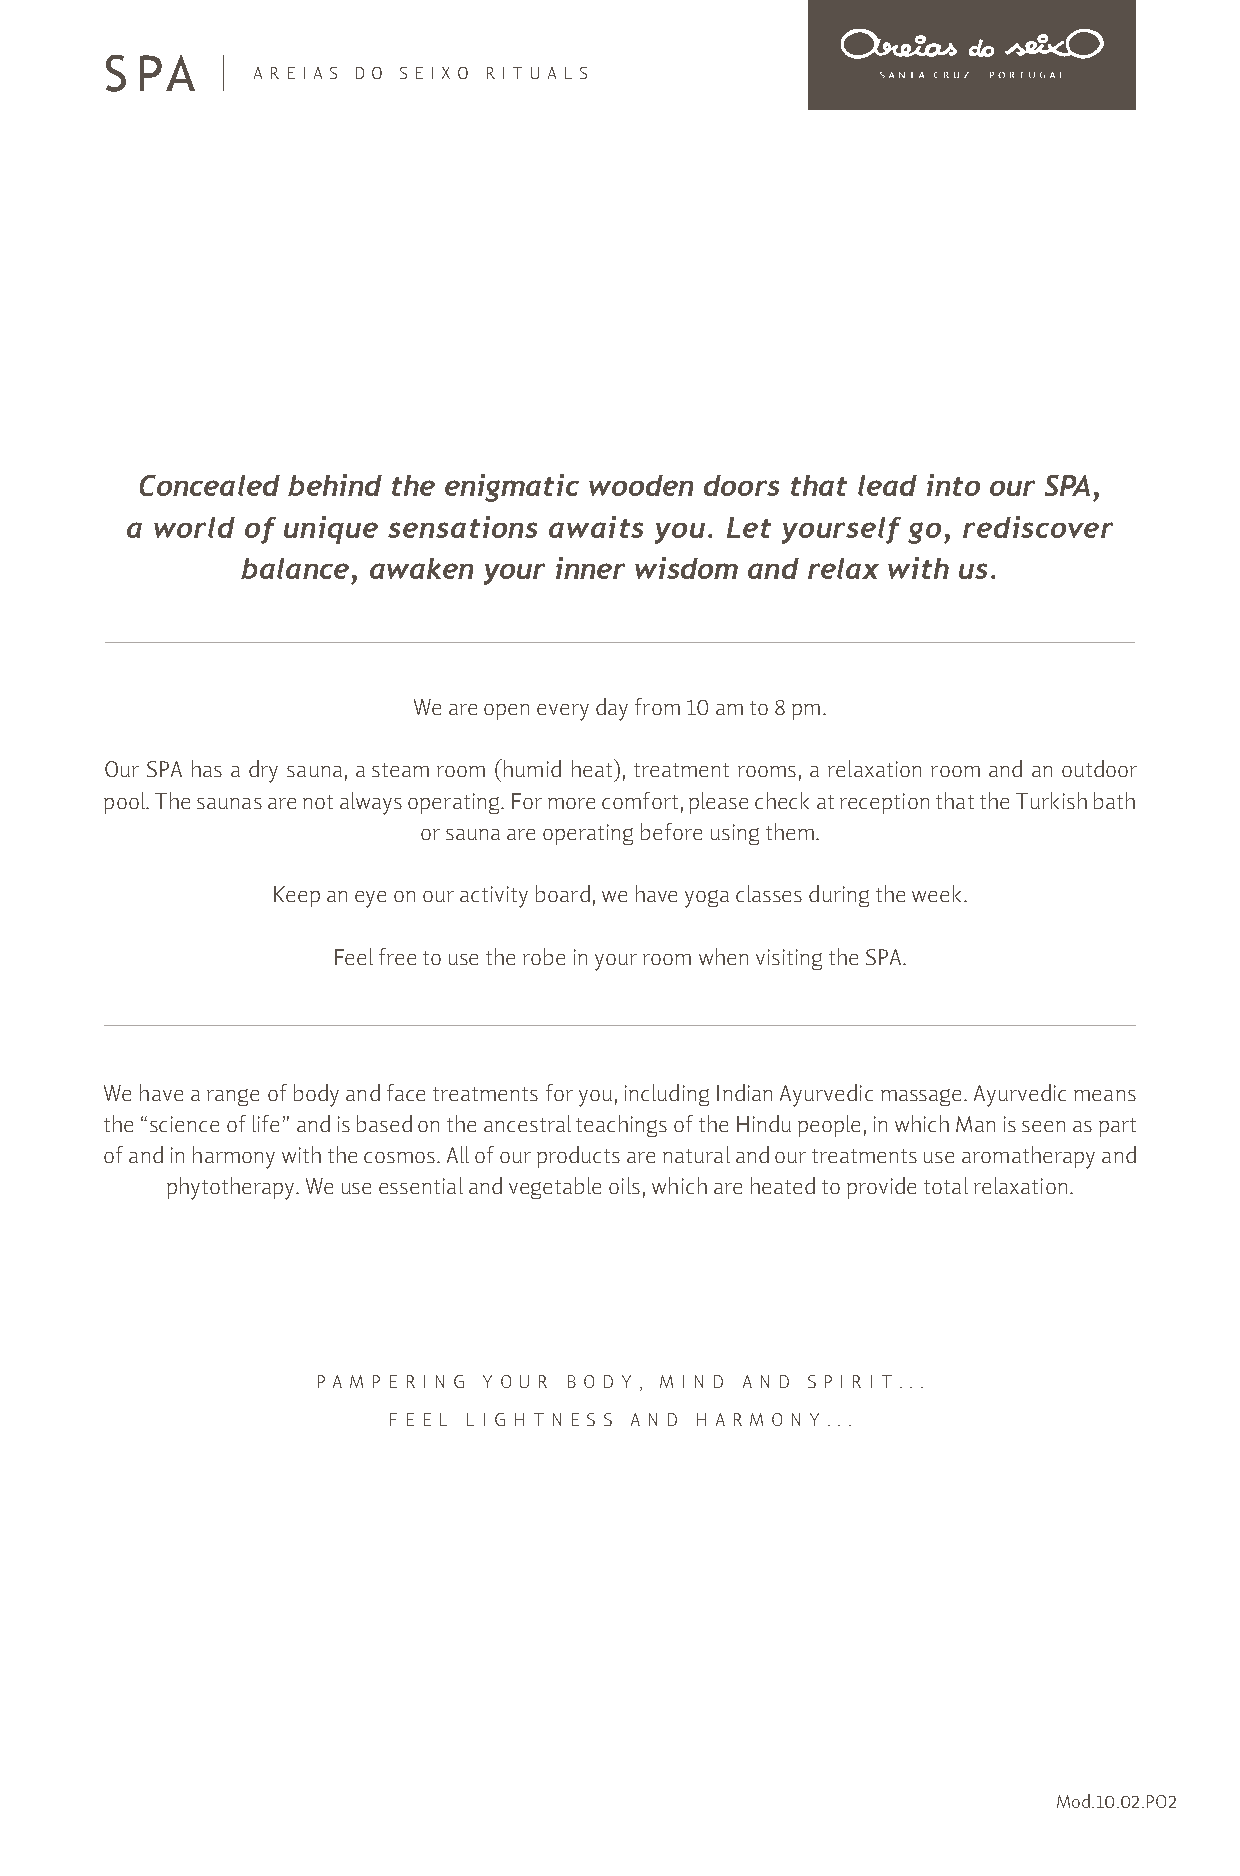
S PA
 AREIA S DO SEIXO RITUALS
 Concealed behind the enigmatic wooden doors that lead into our SPA,
 a world of unique sensations awaits you. Let yourself go, rediscover
 balance, awaken your inner wisdom and relax with us.
 We are open every day from 10 am to 8 pm.
 Our SPA has a dry sauna, a steam room (humid heat), treatment rooms, a relaxation room and an outdoor
 pool. The saunas are not always operating. For more comfort, please check at reception that the Turkish bath
 or sauna are operating before using them.
 Keep an eye on our activity board, we have yoga classes during the week.
 Feel free to use the robe in your room when visiting the SPA.
 We have a range of body and face treatments for you, including Indian Ayurvedic massage. Ayurvedic means
 the “science of life” and is based on the ancestral teachings of the Hindu people, in which Man is seen as part
 of and in harmony with the cosmos. All of our products are natural and our treatments use aromatherapy and
 phytotherapy. We use essential and vegetable oils, which are heated to provide total relaxation.
 P AM P E R IN G Y O U R B O D Y, M I N D A ND S P I R I T. . .
 F EE L L I G H TN E S S AN D H A RM O N Y .. .
 Mod.10.02.PO2